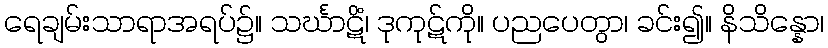
ရေချမ်းသာရာအရပ်၌။ သင်္ဃာဋိံ၊ ဒုကုဋ်ကို။ ပညပေတွာ၊ ခင်း၍။ နိသိန္နော၊